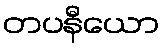
တပနီယော